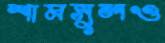
শামসুলও